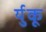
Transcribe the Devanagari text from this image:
र्युकू